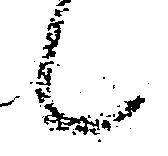
候